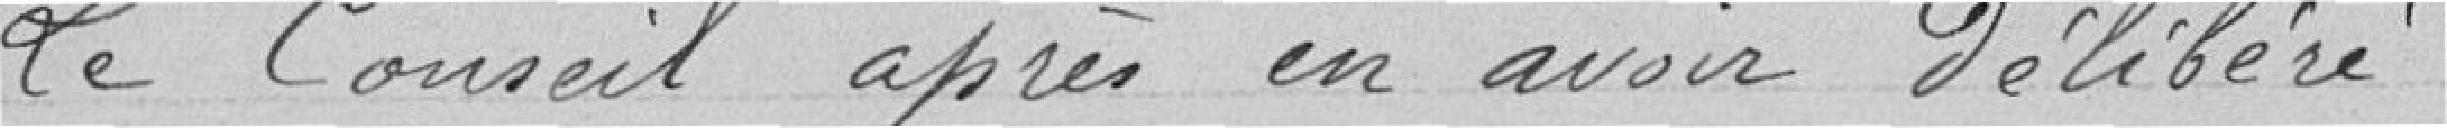
Le Conseil après en avoir délibéré,